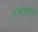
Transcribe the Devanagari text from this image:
बाबाजीची